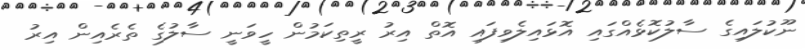
ނޫކުލައިގެ ސާލުކޮޅެއްގައި އޮޅައިލެވިފައި އޮތް އިރު ރީތިކަމުން ހީވަނީ ސާލުގެ ތެރެއިން އިރު